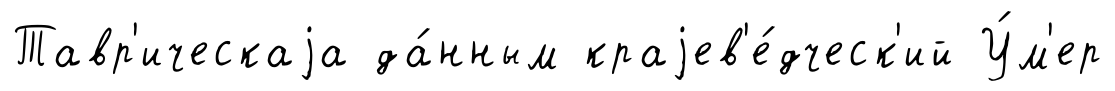
Тавр'ическаjа да́нным краjев'е́дческ'ий У́м'ер